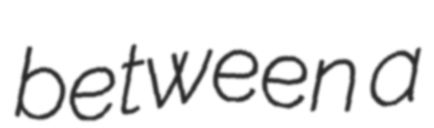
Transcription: between a